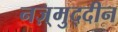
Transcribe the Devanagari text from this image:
नज़्मुद्दीन